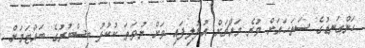
ހަންގަނޑުގެ ސަތަހައަށް ވުރެ މައްޗަށް އުފުލިފައި ވަށް ނުވަތަ ކުކުޅު ބިސްބުރުގެ ބައްޓަމަށް